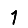
Digit: 1